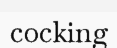
cocking